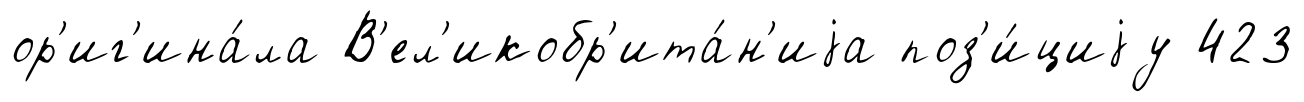
ор'иг'ина́ла В'ел'икобр'ита́н'иjа поз'и́циjу 423